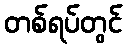
တစ်ရပ်တွင်